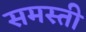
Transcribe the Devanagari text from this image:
समस्ती